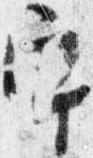
宇